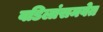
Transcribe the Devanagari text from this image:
वडिलांसमवेत